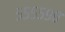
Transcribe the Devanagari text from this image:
५५५५९०